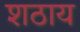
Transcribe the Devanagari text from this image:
शठाय